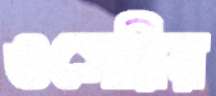
ওসেরির